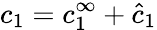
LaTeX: c_{1}=c_{1}^{\infty}+\hat{c}_{1}